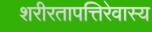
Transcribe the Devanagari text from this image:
शरीरतापत्तिरेवास्य